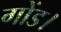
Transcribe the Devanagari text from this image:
गोंड।